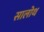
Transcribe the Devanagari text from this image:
सालोथ